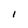
Character: I